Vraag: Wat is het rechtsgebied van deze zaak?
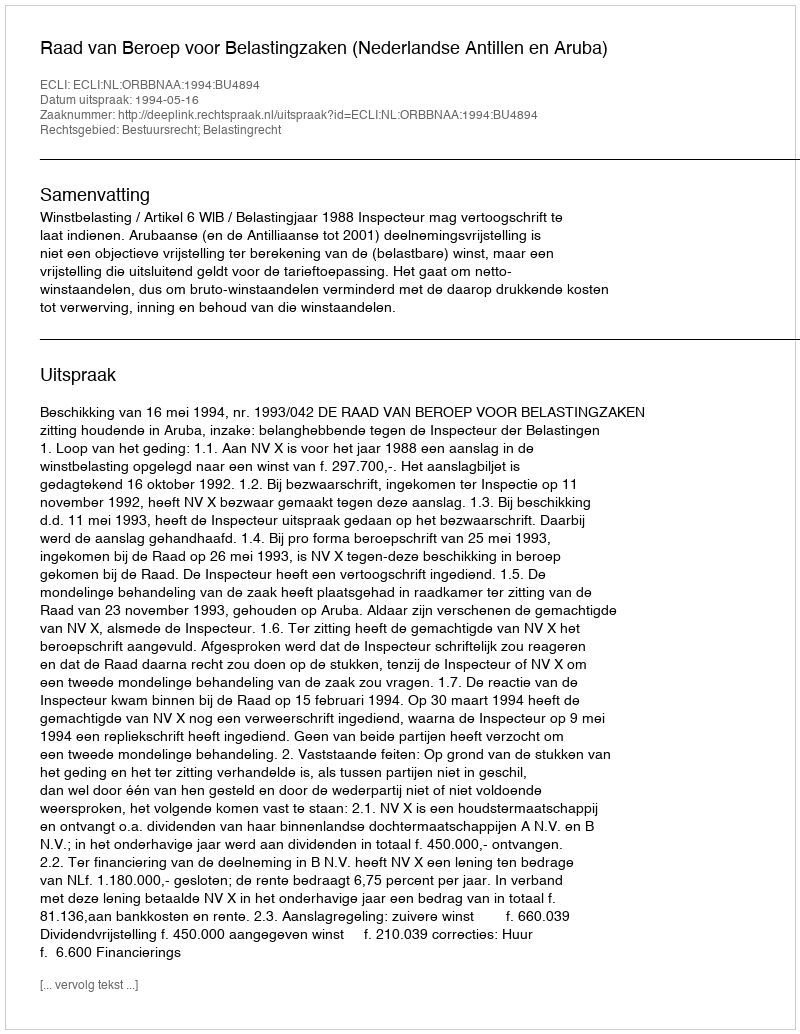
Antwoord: Bestuursrecht; Belastingrecht